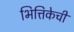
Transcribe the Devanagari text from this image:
भित्तिकेची